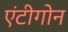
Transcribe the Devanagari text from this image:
एंटीगोन